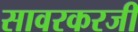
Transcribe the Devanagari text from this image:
सावरकरजी